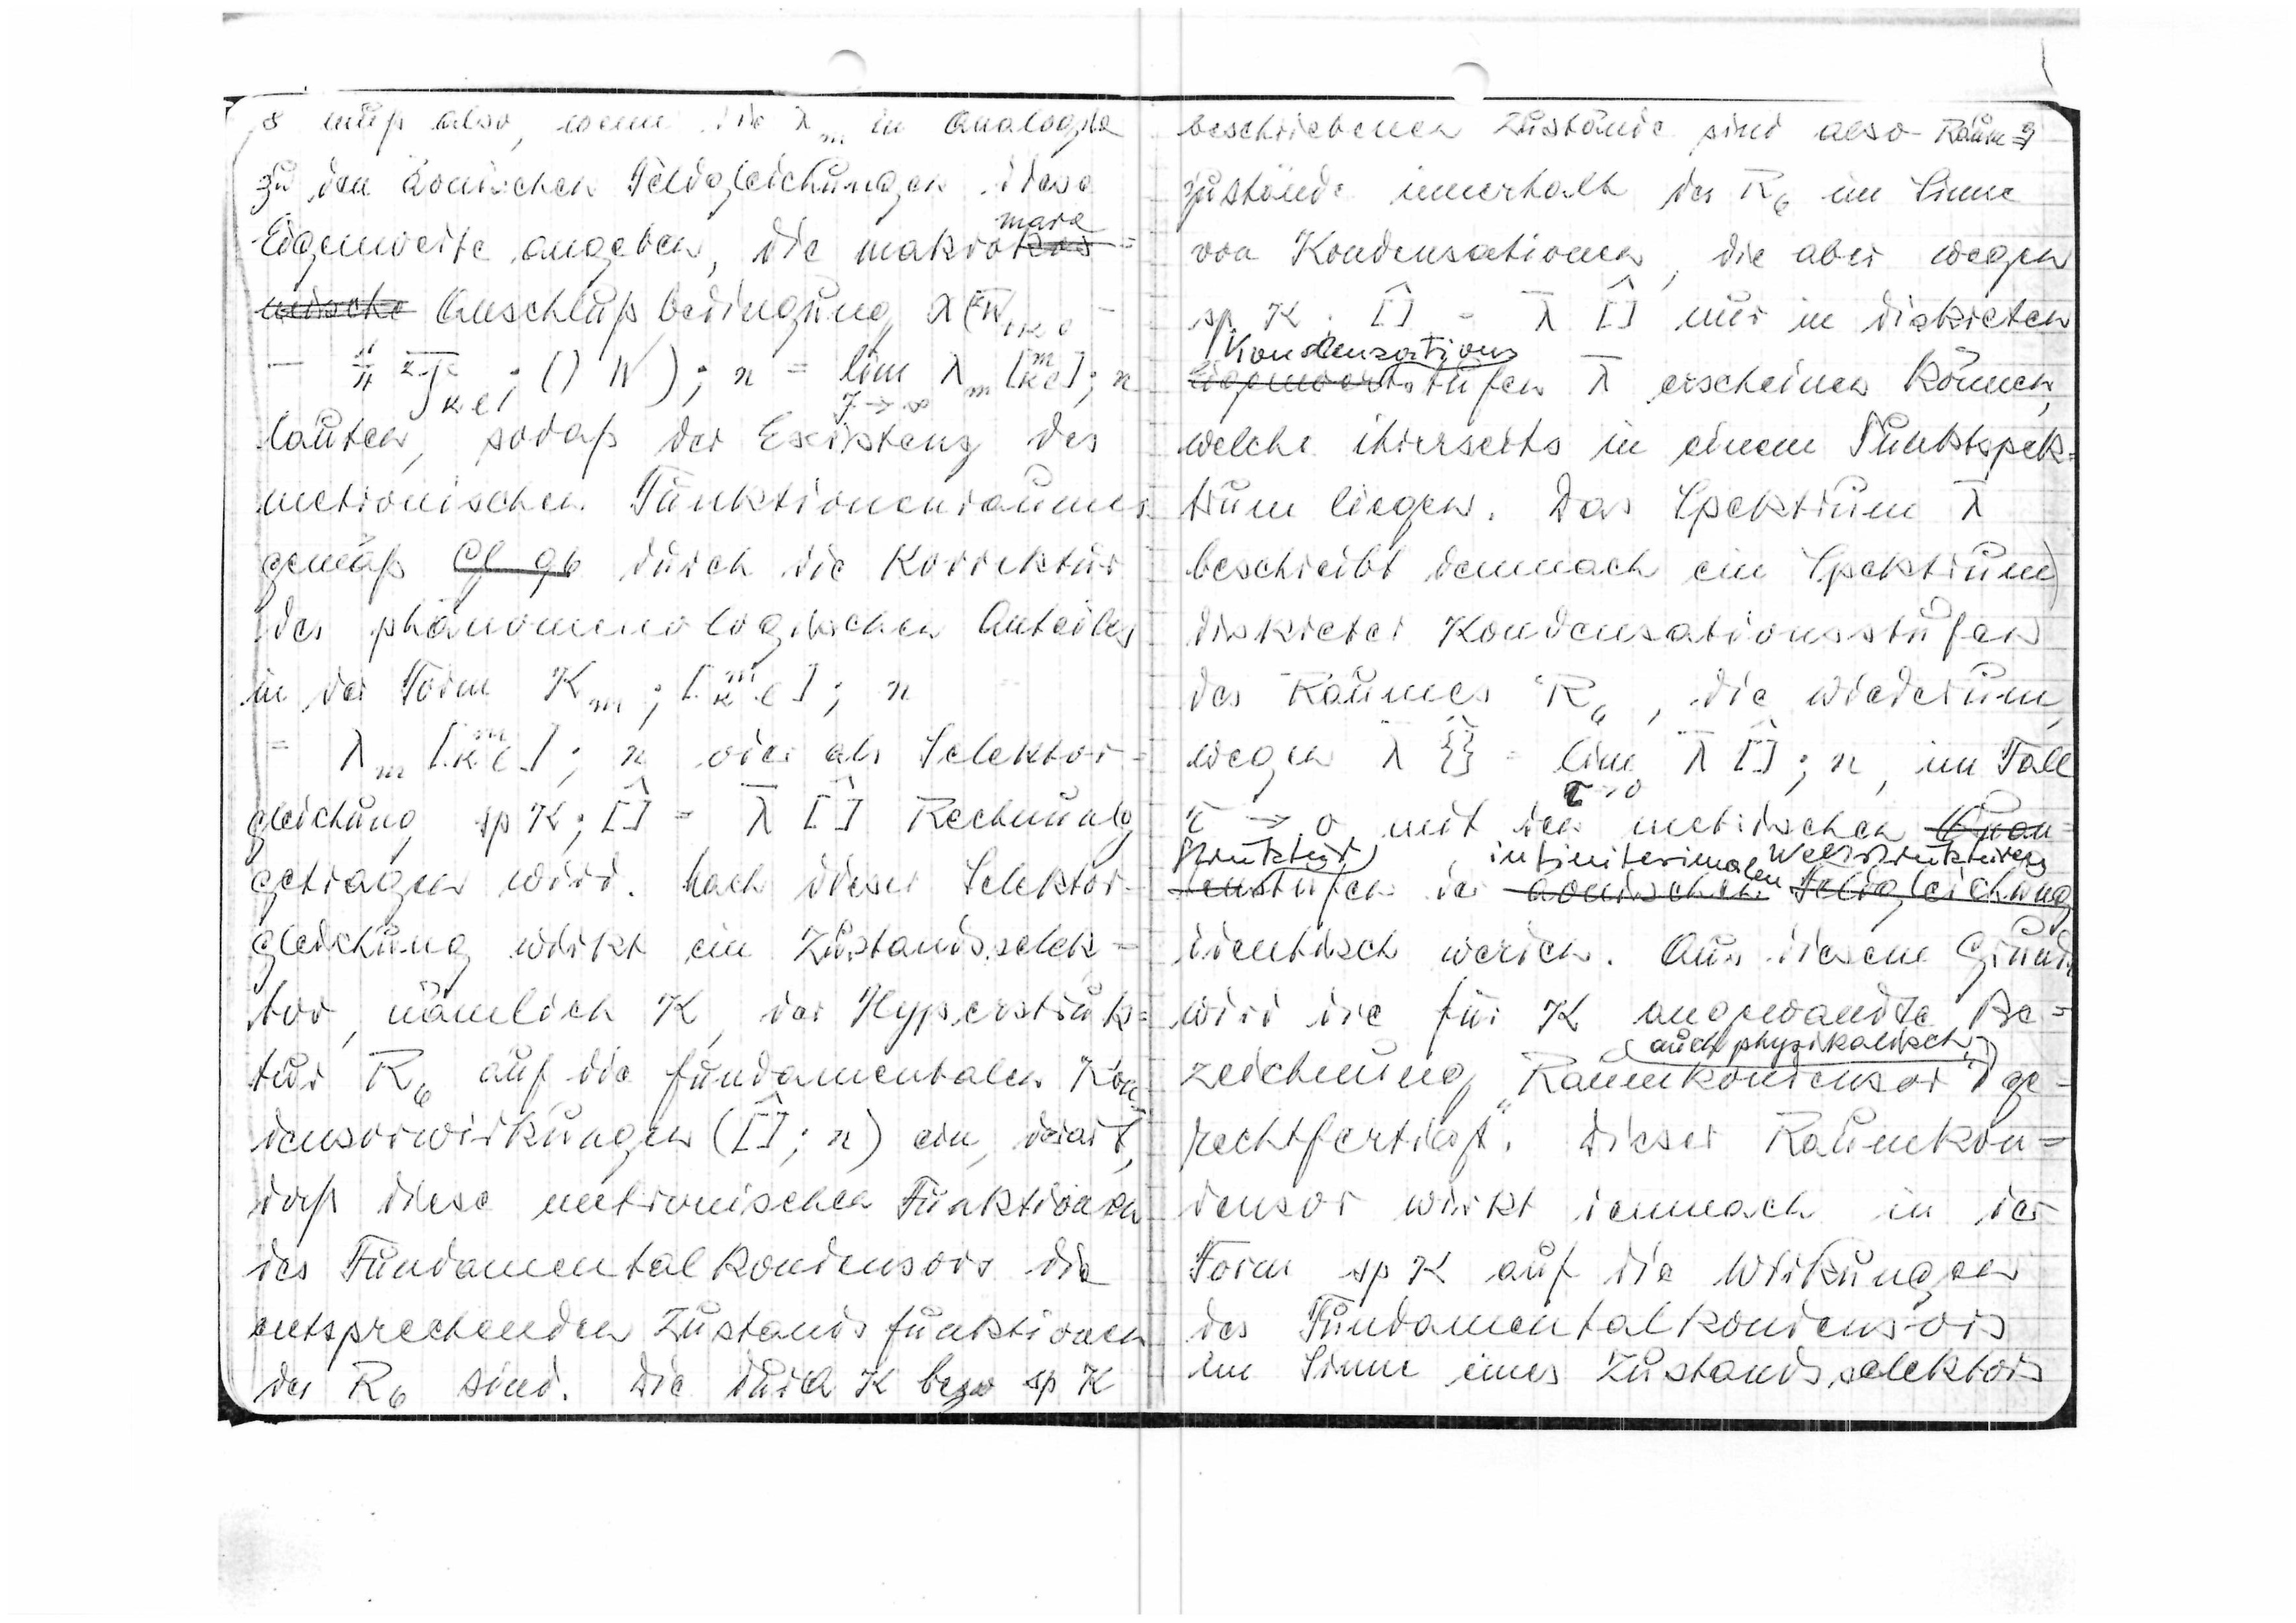
8
muß also, wenn die λm in Analogie
zu den äonischen Feldgleichungen ihre
Eigenwerte angeben, die makro
mare

mische
Ausschlusbedingung
lauten, sodaß der Existenz des
metronischen Funktionenraumes
gemäß
Gl. 96
durch die Korrektur
des phänomenologischen Anteils
ind er Form
Selektor
vier als
=
Rechnung
gleichung
getragen wird.
Nach dieser Selektor
gleichung wirkt ein Zustandsselek
tor, nämlich K, der Hyperstruk
tur R6 auf die fundamentalen Kon
densorwirkungen

ein, derart
daß diese metronischen Funktionen
des Fundamentalkondensors die
entsprechenden Zustandsfunktionen
des R6 sind. Die durch K bzw. sp K

beschriebenen Zustände sind also Raum
9
zustände innerhalb des R6 im Sinne
von Kondensationen, die aber wegen
nur in diskreten
Kondensations

stufen λ erscheinen können,
welche ihrerseits in einem Punktspek
trum liegen. Das Spektrum λ
trum liegen. Das Spektrum λ
beschreibt demnach ein Spektrum
diskreter Kondensationsstufen
des Raumes R6, die wiederum
wegen
τ > 0
mit den metrischen
struktur

stufen der

infinitesimalen Weltstrukturen
en
äonischen Feldgleichung
identisch werden. Aus diesem Grund
wird die für K angewandte
 Be
zeichnung Raumkondensor
auch physikalisch
ge
rechtfertigt. Dieser Raumkon
densor wirkt demnach in der
Form sp K auf die Wirkungen
des Fundamentalkondensors
im Sinne eines Zustandsselektors